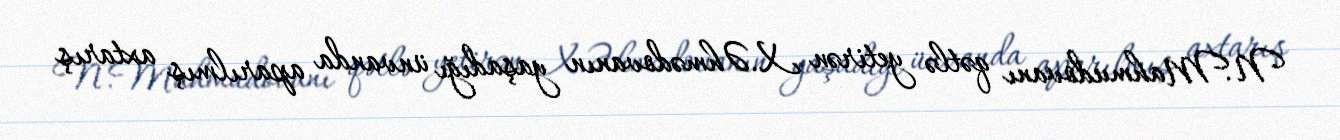
N.Mahmudovanı qətlə yetirən X.Əhmədovanın yaşadığı ünvanda aparılmış axtarış